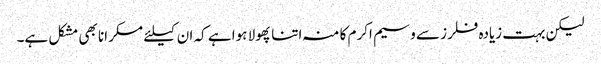
لیکن بہت زیادہ فلرز سے وسیم اکرم کا منہ اتنا پھولا ہوا ہے کہ ان کیلئے مسکرانا بھی مشکل ہے۔